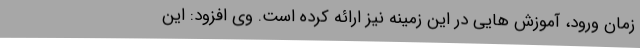
زمان ورود، آموزش هایی در این زمینه نیز ارائه کرده است. وی افزود: این